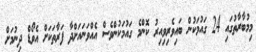
މިމުބާރާތުގައި 24 ގައުމަކުން ބައިވެރިވިއިރު ކޮންމެ ގައުމަކުންވެސް އެއްވަނައަށްދާ ފަރާތަކަށް އެވޯޑް ދިނުމަށް